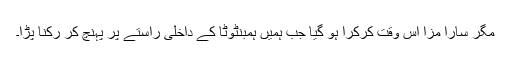
مگر سارا مزا اس وقت کرکرا ہو گیا جب ہمیں ہمبنٹوٹا کے داخلی راستے پر پہنچ کر رکنا پڑا۔